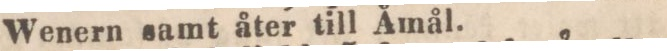
Wenern samt åter till Åmål.